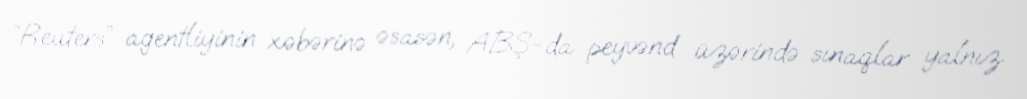
“Reuters” agentliyinin xəbərinə əsasən, ABŞ-da peyvənd üzərində sınaqlar yalnız